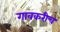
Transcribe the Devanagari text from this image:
गावकरीच